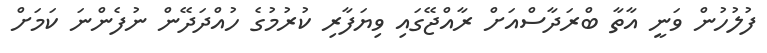
ފުލުހުން ވަނީ އާތާ ބްރަދާސްއަށް ރާއްޖޭގައި ވިޔަފާރި ކުރުމުގެ ހުއްދަދޭން ނުފެންނަ ކަމަށް